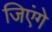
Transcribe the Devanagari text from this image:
जिएंगे